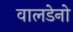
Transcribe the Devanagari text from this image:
वालडेनो